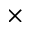
\times